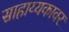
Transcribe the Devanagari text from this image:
साहाय्यकावर